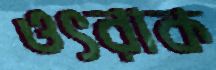
ওৎরাক